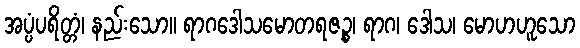
အပ္ပံပရိတ္တံ၊ နည်းသော။ ရာဂဒေါသမောတရဇဉ္စ၊ ရာဂ၊ ဒေါသ၊ မောဟဟူသော